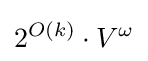
2^{O(k)}\cdot V^{\omega }